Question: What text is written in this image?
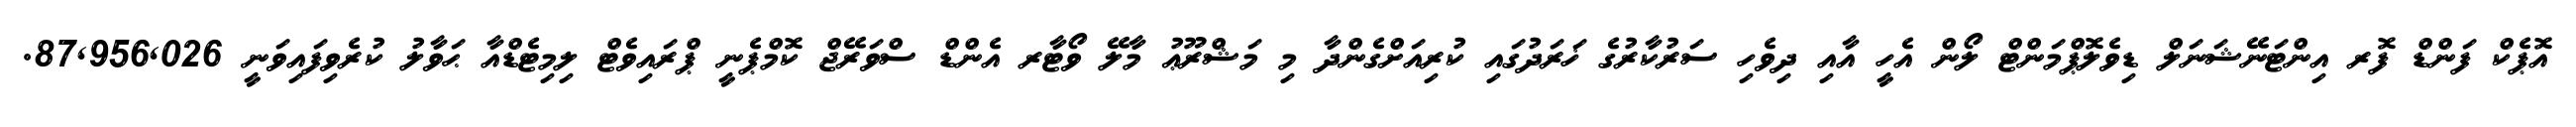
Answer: އޮޕެކް ފަންޑް ފޮރ އިންޓަނޭޝަނަލް ޑިވެލޮޕްމަންޓް ލޯން އެހީ އާއި ދިވެހި ސަރުކާރުގެ ޚަރަދުގައި ކުރިއަށްގެންދާ މި މަޝްރޫޢު މާލޭ ވޯޓާރ އެންޑް ސްވަރޭޖް ކޮމްޕެނީ ޕްރައިވެޓް ލިމިޓެޑްއާ ޙަވާލު ކުރެވިފައިވަނީ 87,956,026.